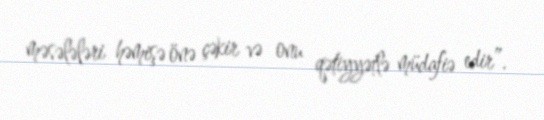
məsələləri həmişə önə çəkir və onu qətiyyətlə müdafiə edir”.